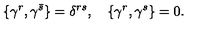
\{ \gamma ^ { r } , \gamma ^ { \bar { s } } \} = \delta ^ { r s } , \quad \{ \gamma ^ { r } , \gamma ^ { s } \} = 0 .